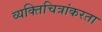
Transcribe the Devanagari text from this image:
व्यक्तिचित्रांकरता